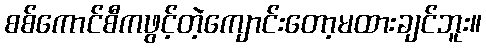
စစ်ကောင်စီကဖွင့်တဲ့ကျောင်းတော့မထားချင်ဘူး။